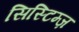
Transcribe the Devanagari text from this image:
सिस्टिम्ज़